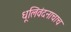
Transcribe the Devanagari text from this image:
धूलिवंदनाचाच